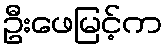
ဦးဖေမြင့်က